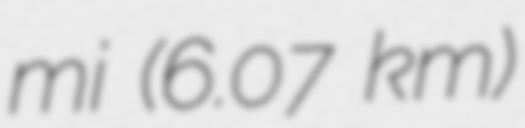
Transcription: mi (6.07 km)